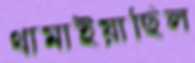
থামাইয়াছিল